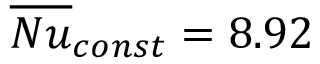
\overline { { N u } } _ { c o n s t } = 8 . 9 2